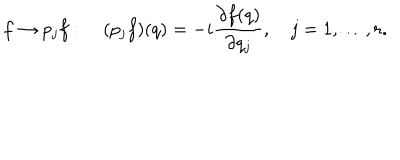
LaTeX: f \to p _ { j } f : \quad ( p _ { j } f ) ( q ) = - i { \frac { \partial f ( q ) } { \partial q _ { j } } } , \quad j = 1 , \ldots , r .